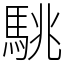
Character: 駣